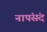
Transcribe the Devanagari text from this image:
नापंसंद